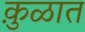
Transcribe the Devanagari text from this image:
कु़ळात